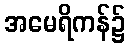
အမေရိကန်၌